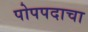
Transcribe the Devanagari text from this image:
पोपपदाचा